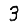
Digit: 3